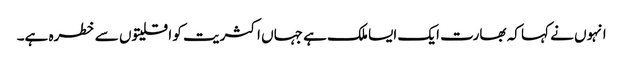
انہوں نے کہا کہ بھارت ایک ایسا ملک ہے جہاں اکثریت کو اقلیتوں سے خطرہ ہے۔